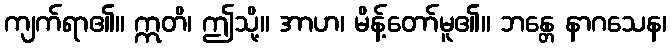
ကျက်ရာ၏။ ဣတိ၊ ဤသို့။ အာဟ၊ မိန့်တော်မူ၏။ ဘန္တေ နာဂသေန၊